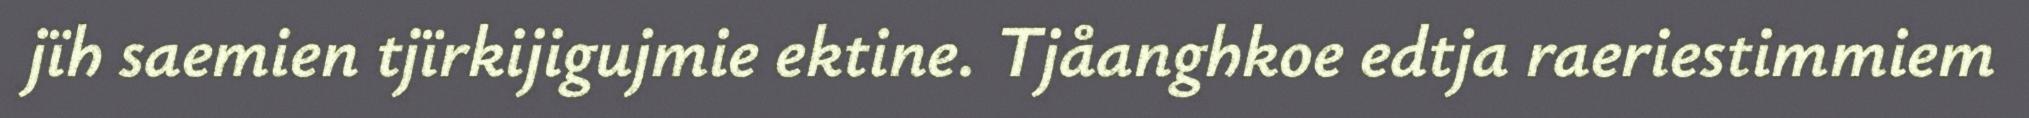
jïh saemien tjïrkijigujmie ektine. Tjåanghkoe edtja raeriestimmiem